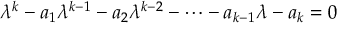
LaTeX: \lambda ^ { k } - a _ { 1 } \lambda ^ { k - 1 } - a _ { 2 } \lambda ^ { k - 2 } - \cdots - a _ { k - 1 } \lambda - a _ { k } = 0